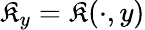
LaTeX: \mathfrak{K}_{y}=\mathfrak{K}(\cdot,y)